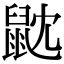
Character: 𪔽